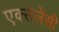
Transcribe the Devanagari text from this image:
एक्सेलेंसी